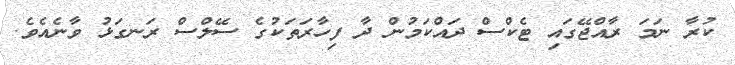
ކުރާ ނަމަ ރާއްޖޭގައި ޓެކްސް ދައްކަމުން ދާ ފިހާރަތަކުގެ ސޭލްސް ރަނގަޅު ވާނެއެވެ.